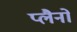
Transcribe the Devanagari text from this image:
प्लैनों